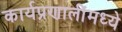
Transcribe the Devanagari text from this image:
कार्यप्रणालींमध्ये